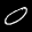
Label: 0